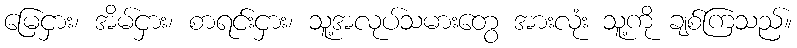
မြေငှား၊ အိမ်ငှား၊ စာရင်းငှား၊ သူ့အလုပ်သမားတွေ အားလုံး သူ့ကို ချစ်ကြသည်။